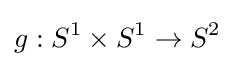
g:S^{1}\times S^{1}\rightarrow S^{2}